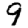
Digit: 9